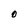
Character: O